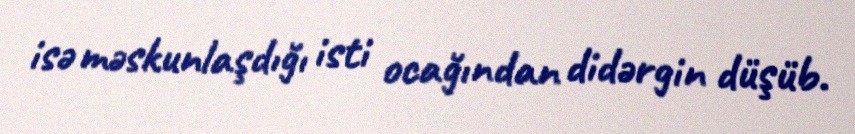
isə məskunlaşdığı isti ocağından didərgin düşüb.